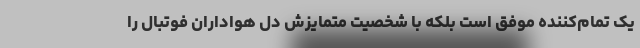
یک تمام‌کننده موفق است بلکه با شخصیت متمایزش دل هواداران فوتبال را